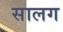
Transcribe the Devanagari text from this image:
सालग